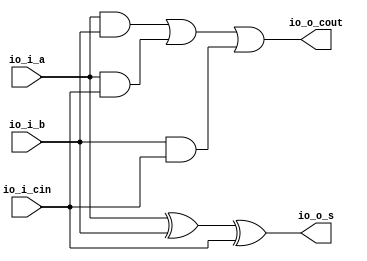
module Full_Adder(
  input   io_i_a,
  input   io_i_b,
  input   io_i_cin,
  output  io_o_s,
  output  io_o_cout
);
  assign io_o_s = io_i_a ^ io_i_b ^ io_i_cin; // @[wallace_tree.scala 23:31]
  assign io_o_cout = io_i_a & io_i_b | io_i_a & io_i_cin | io_i_b & io_i_cin; // @[wallace_tree.scala 24:58]
endmodule